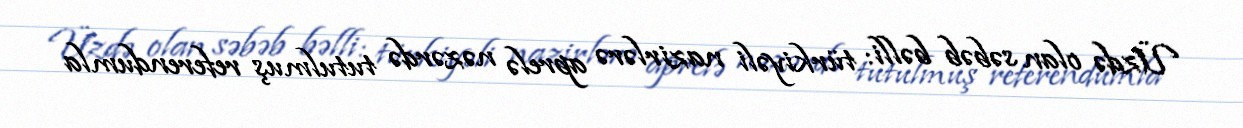
Üzdə olan səbəb bəlli: türkiyəli nazirlərə aprelə nəzərdə tutulmuş referendumla